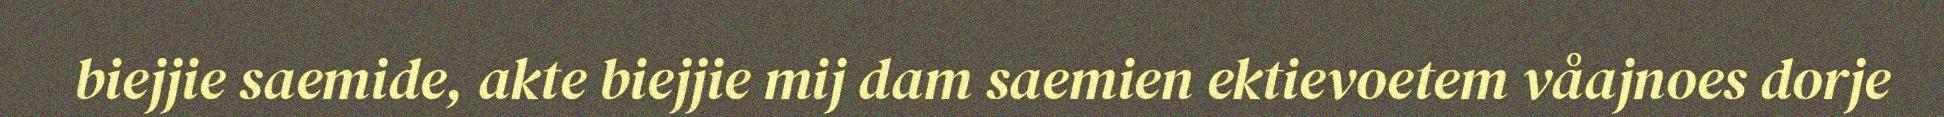
biejjie saemide, akte biejjie mij dam saemien ektievoetem våajnoes dorje